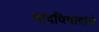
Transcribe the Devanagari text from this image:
वादविवादांचे